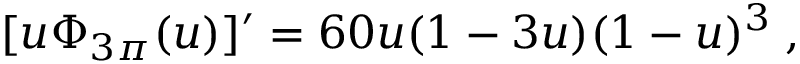
[ u \Phi _ { 3 \pi } ( u ) ] ^ { \prime } = 6 0 u ( 1 - 3 u ) ( 1 - u ) ^ { 3 } \; ,